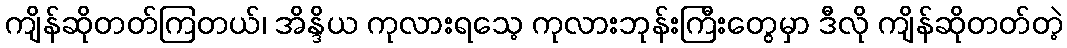
ကျိန်ဆိုတတ်ကြတယ်၊ အိန္ဒိယ ကုလားရသေ့ ကုလားဘုန်းကြီးတွေမှာ ဒီလို ကျိန်ဆိုတတ်တဲ့